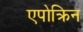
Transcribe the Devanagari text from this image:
एपोक्रिन